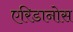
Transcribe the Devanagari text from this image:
एरिडानोस